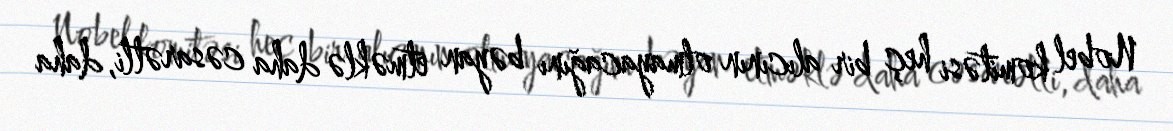
Nobel komitəsi heç bir alıcının olmayacağını bəyan etməklə daha cəsarətli, daha